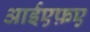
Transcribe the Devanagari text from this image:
आईएफ़ए